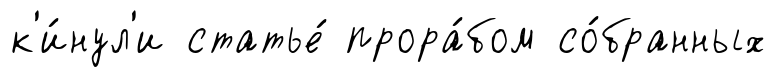
к'и́нул'и статье́ прора́бом со́бранных